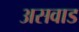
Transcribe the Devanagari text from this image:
असवाड